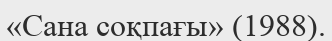
«Сана соқпағы» (1988).